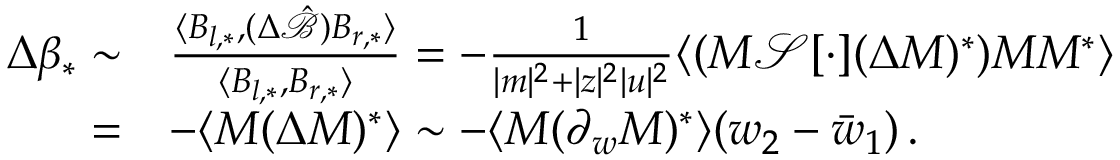
\begin{array} { r l } { \Delta \beta _ { * } \sim } & { \frac { \langle B _ { l , * } , ( \Delta \hat { \mathcal { B } } ) B _ { r , * } \rangle } { \langle B _ { l , * } , B _ { r , * } \rangle } = - \frac { 1 } { | m | ^ { 2 } + | z | ^ { 2 } | u | ^ { 2 } } \langle ( M \mathcal { S } [ \cdot ] ( \Delta M ) ^ { * } ) M M ^ { * } \rangle } \\ { = } & { - \langle M ( \Delta M ) ^ { * } \rangle \sim - \langle M ( \partial _ { w } M ) ^ { * } \rangle ( w _ { 2 } - \bar { w } _ { 1 } ) \, . } \end{array}